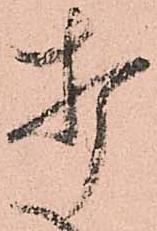
打